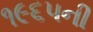
૧૯૬૫ની